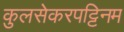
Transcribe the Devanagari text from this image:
कुलसेकरपट्टिनम